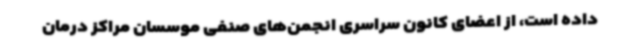
داده است، از اعضای کانون سراسری انجمن‌های صنفی موسسان مراکز درمان